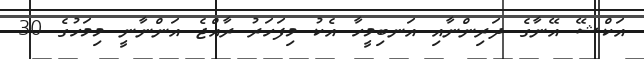
އަކްޝޭ އޭނާގެ ދަރިންނާއި އަނބިމީހާ އެކު މިފަހަރު ރާއްޖެ އަންނާާނީ މިމަހުގެ 30